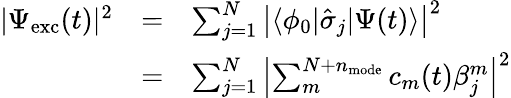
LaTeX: \begin{array}{ccl}{|\Psi_{\mathrm{exc}}(t)|^{2}}&{=}&{\sum_{j=1}^{N}\left|\langle\phi_{0}|\hat{\sigma}_{j}|\Psi(t)\rangle\right|^{2}}\\ &{=}&{\sum_{j=1}^{N}\left|\sum_{m}^{N+n_{\mathrm{mode}}}c_{m}(t)\beta_{j}^{m}\right|^{2}}\end{array}